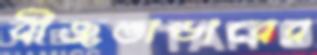
বীজভান্ডারের